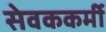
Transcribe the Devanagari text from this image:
सेवककर्मी